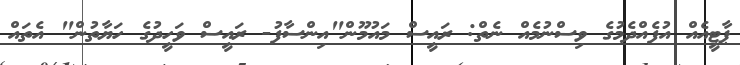
ޕާޓީއެއް އުފެއްދެމުގެ ވިސްނުމެއް ނެތް: ރައީސް މައުމޫން"އިންސާފު- ރައީސް ވަހީދުގެ ހަޔާތުން" އެތަައް